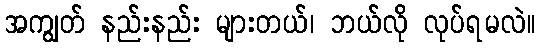
အကျွတ် နည်းနည်း များတယ်၊ ဘယ်လို လုပ်ရမလဲ။